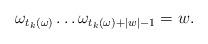
LaTeX: \begin{align*}\omega_{t_k(\omega)} \dots \omega_{t_k(\omega)+|w|-1} = w.\end{align*}